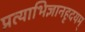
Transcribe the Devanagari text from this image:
प्रत्याभिज्ञानहृदयम्